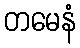
တမေနံ